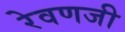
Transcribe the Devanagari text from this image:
रेवणजी